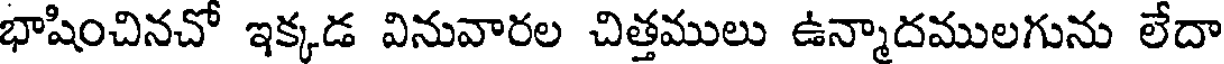
భాషించినచో ఇక్కడ వినువారల చిత్తములు ఉన్మాదములగును లేదా